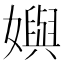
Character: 嬩